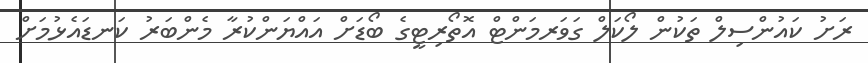
ރަށު ކައުންސިލް ތަކުން ލޯކަލް ގަވަރމަންޓް އޮތޯރިޓީގެ ބޯޑަށް އައްޔަންކުރާ މެންބަރު ކަނޑައެޅުމަށް